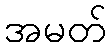
အမတ်